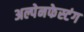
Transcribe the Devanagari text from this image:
अल्पेनफेस्टंग